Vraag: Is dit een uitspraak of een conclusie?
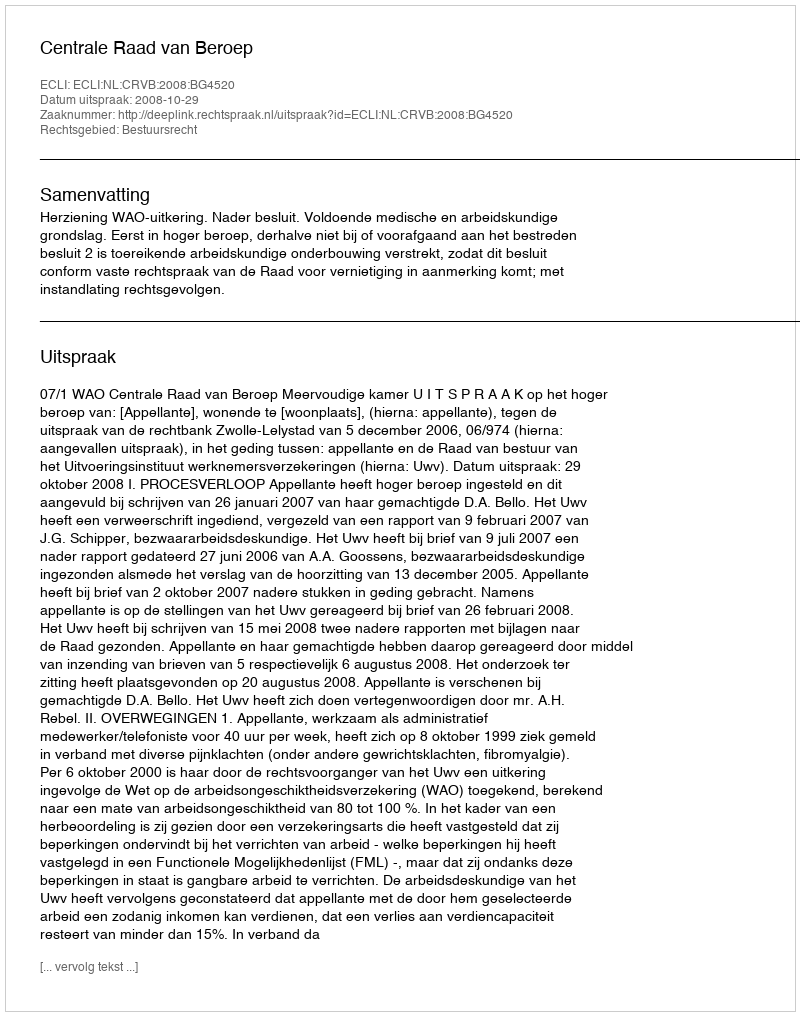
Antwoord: Uitspraak